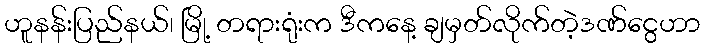
ဟူနန်းပြည်နယ်၊ မြို့ တရားရုံးက ဒီကနေ့ ချမှတ်လိုက်တဲ့ဒဏ်ငွေဟာ